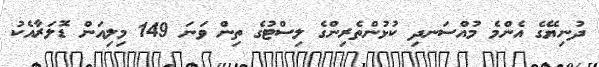
ދުނިޔޭގެ އެންމެ މުއްސަނދި ކުޅުންތެރިންގެ ލިސްޓުގެ ތިން ވަނަ 149 މިލިއަން ޑޮލަރާއެކު